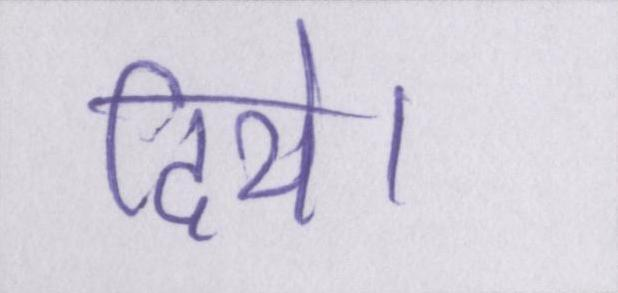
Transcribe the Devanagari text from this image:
दिये।